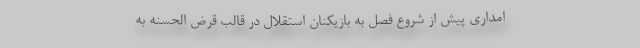
امداری پیش از شروع فصل به بازیکنان استقلال در قالب قرض الحسنه به